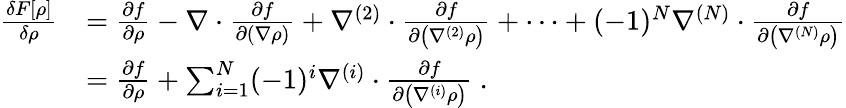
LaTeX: {\begin{array}{rl}{{\frac{\delta F[\rho]}{\delta\rho}}}&{={\frac{\partial f}{\partial\rho}}-\nabla\cdot{\frac{\partial f}{\partial(\nabla\rho)}}+\nabla^{(2)}\cdot{\frac{\partial f}{\partial\left(\nabla^{(2)}\rho\right)}}+\dots+(-1)^{N}\nabla^{(N)}\cdot{\frac{\partial f}{\partial\left(\nabla^{(N)}\rho\right)}}}\\ &{={\frac{\partial f}{\partial\rho}}+\sum_{i=1}^{N}(-1)^{i}\nabla^{(i)}\cdot{\frac{\partial f}{\partial\left(\nabla^{(i)}\rho\right)}}\ .}\end{array}}